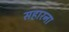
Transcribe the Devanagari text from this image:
सहारना